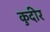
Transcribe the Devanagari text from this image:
कुदीर